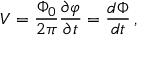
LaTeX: V = { \frac { \Phi _ { 0 } } { 2 \pi } } { \frac { \partial \varphi } { \partial t } } = { \frac { d \Phi } { d t } } \, ,